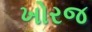
ખોરજ